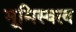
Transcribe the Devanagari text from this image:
भूमिस्वत्व